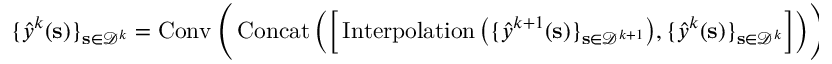
\{ \boldsymbol { { \widehat { y } } } ^ { k } ( \mathbf { s } ) \} _ { \mathbf { s } \in \mathcal { D } ^ { k } } = \operatorname { C o n v } \Bigg ( \operatorname { C o n c a t } \Big ( \Big [ \operatorname { I n t e r p o l a t i o n } \big ( \{ \boldsymbol { { \widehat { y } } } ^ { k + 1 } ( \mathbf { s } ) \} _ { \mathbf { s } \in \mathcal { D } ^ { k + 1 } } \big ) , \{ \boldsymbol { { \widehat { y } } } ^ { k } ( \mathbf { s } ) \} _ { \mathbf { s } \in \mathcal { D } ^ { k } } \Big ] \Big ) \Bigg ) , \ \mathrm { ~ k ~ f ~ r ~ o ~ m ~ ( ~ K ~ - ~ 1 ~ ) ~ t ~ o ~ 1 ~ } ,